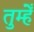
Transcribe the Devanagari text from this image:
तुम्हेँ